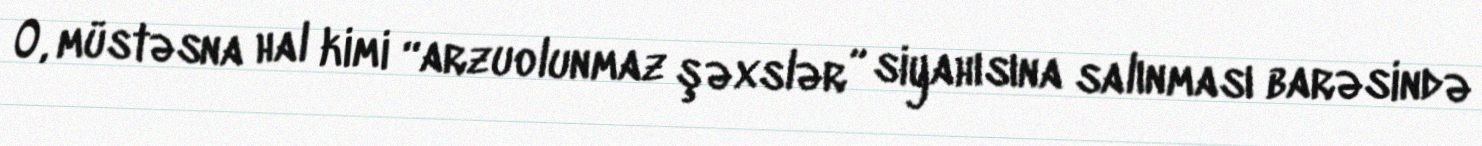
O, müstəsna hal kimi “arzuolunmaz şəxslər” siyahısına salınması barəsində